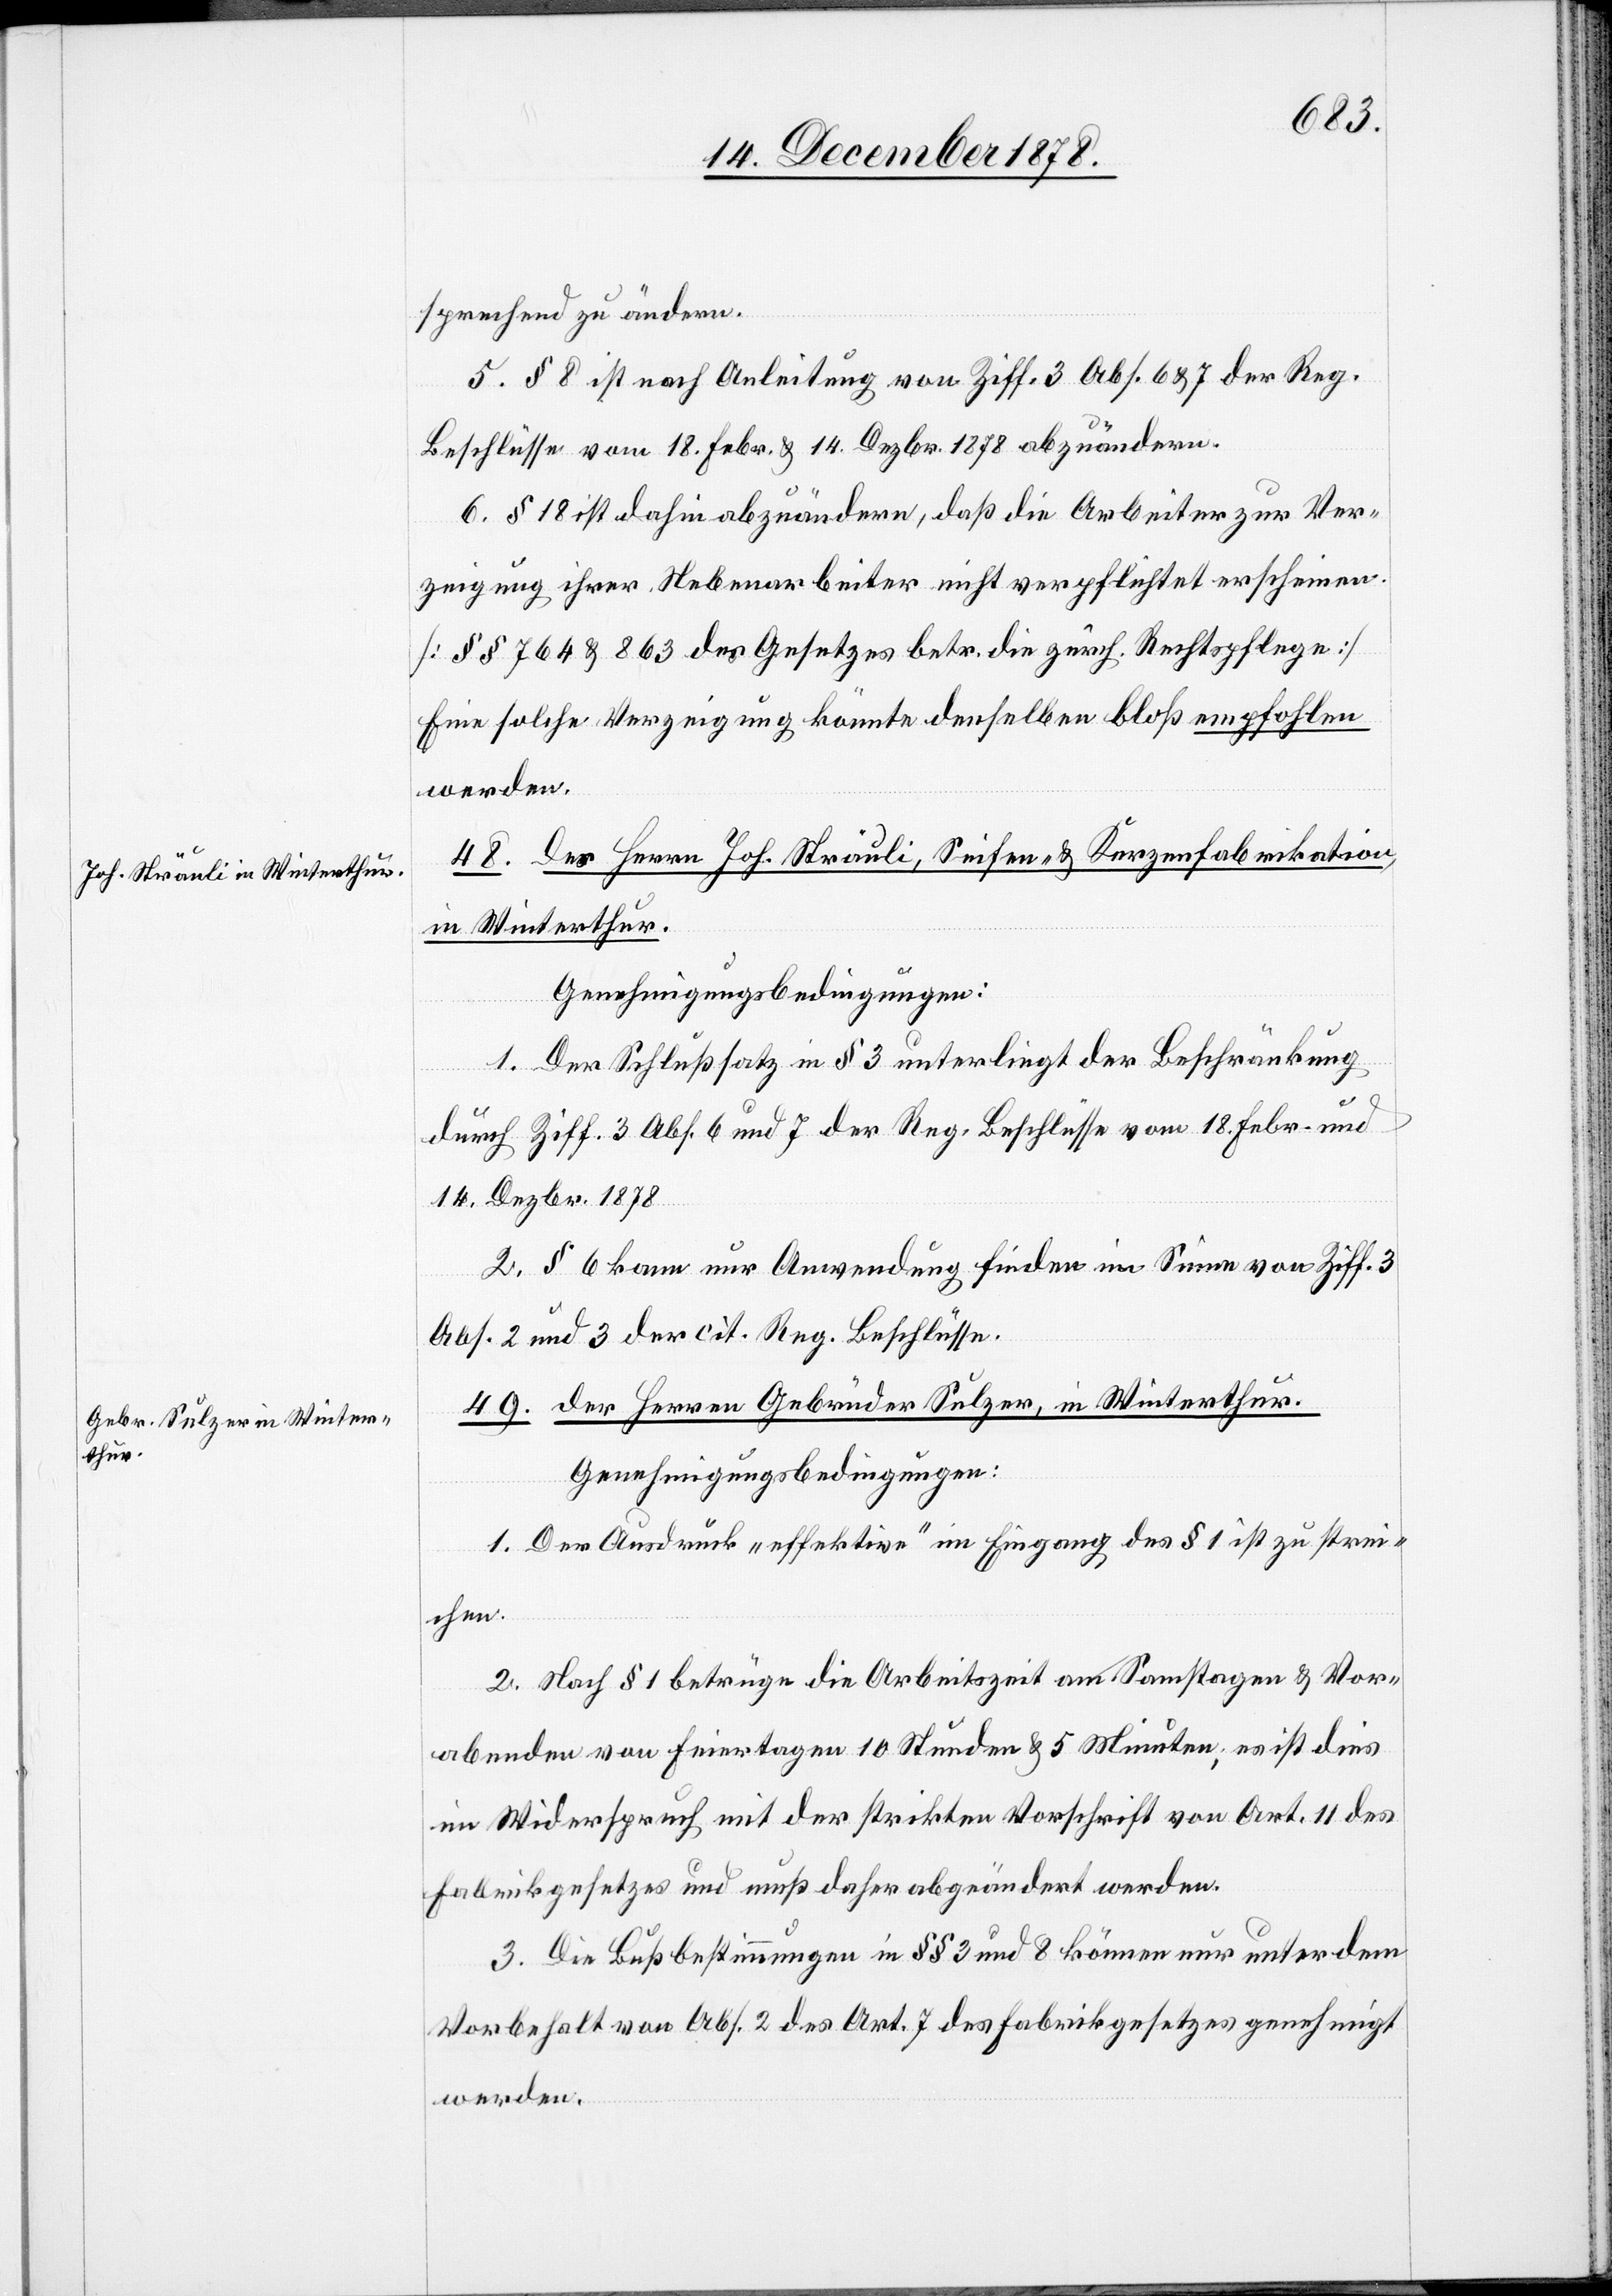
sprechend zu ändern.
5. § 8 ist nach Anleitung von Ziff. 3 Abs. 6 & 7 der Reg.
Beschlüsse vom 18. Febr. & 14. Dezbr. 1878 abzuändern.
6. § 18 ist dahin abzuändern, daß die Arbeiter zur Ver¬
zeigung ihrer Nebenarbeiter nicht verpflichtet erscheinen
[§§ 764 & 863 des Gesetzes betr. die zürch. Rechtspflege]
Eine solche Verzeigung könnte denselben bloß empfohlen
werden.
48. des Herren Joh. Sträuli, seifen- & Kerzenfabrikation,
in Winterthur.
Genehmigungsbedingungen:
1. Der Schlußsatz in § 3 unterliegt der Beschränkung
durch Ziff. 3 Abs. 6 und 7 der Reg. Beschlüsse vom 18. Febr. und
14. Dezbr. 1878.
2. § 6 kann nur Anwendung finden im Sinne von Ziff. 3
Abs. 2 und 3 der cit. Reg. Beschlüsse.
49. der Herren Gebrüder Sulzer in Winterthur.
Genehmigungsbedingungen:
1. Der Ausdruck „effektive“ im Eingang des § 1 ist zu strei¬
chen.
2. Nach § 1 betrüge die Arbeitszeit an Samstagen & Vor¬
abenden von Feiertagen 10 Stunden & 5 Minuten, es ist dies
im Widerspruch mit der strikten Vorschrift von Art. 11 des
Fabrikgesetzes und muß daher abgeändert werden.
3. Die Bußbestimmungen in §§ 3 und 8 können nur unter dem
Vorbehalt von Abs. 2 des Art. 7 des Fabrikgesetzes genehmigt
werden.